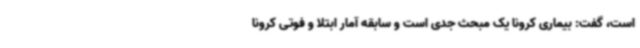
است، گفت: بیماری کرونا یک مبحث جدی است و سابقه آمار ابتلا و فوتی کرونا